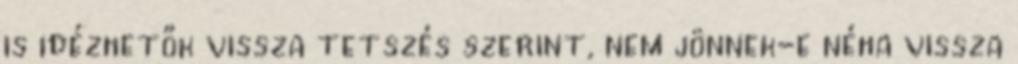
is idézhetők vissza tetszés szerint, nem jönnek-e néha vissza